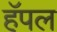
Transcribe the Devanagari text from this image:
हॅपल